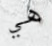
هي